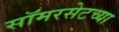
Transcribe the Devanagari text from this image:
सॉमरसेटच्या